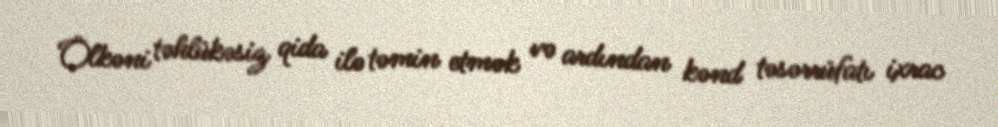
Ölkəni təhlükəsiz qida ilə təmin etmək və ardından kənd təsərrüfatı ixrac